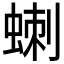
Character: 𮔗